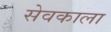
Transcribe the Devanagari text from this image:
सेवकाला